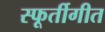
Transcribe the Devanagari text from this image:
स्फूर्तीगीत